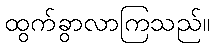
ထွက်ခွာလာကြသည်။